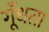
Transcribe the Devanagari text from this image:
गूँधता